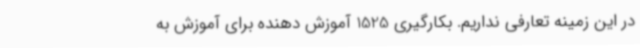
در این زمینه تعارفی نداریم. بکارگیری 1525 آموزش دهنده برای آموزش به